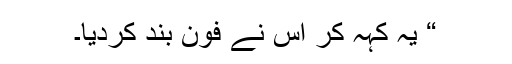
“ یہ کہہ کر اس نے فون بند کردیا۔